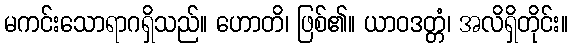
မကင်းသောရာဂရှိသည်။ ဟောတိ၊ ဖြစ်၏။ ယာဝဒတ္တံ၊ အလိရှိတိုင်း။